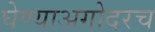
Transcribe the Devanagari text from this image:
घेण्याअगोदरच